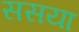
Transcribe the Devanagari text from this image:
ससया